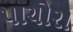
પાચોરા